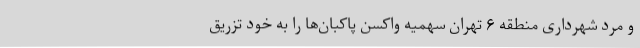
و مرد شهرداری منطقه ۶ تهران سهمیه واکسن پاکبان‌ها را به خود تزریق